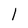
Character: l